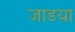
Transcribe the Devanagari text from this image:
जाडय़ा